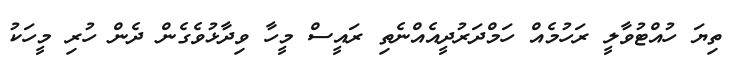
ތިޔަ ހުއްޓުވާލީ ރަހުމެއް ހަމްދަރުދީއެއްނެތި ރައީސް މީހާ ވިދާޅުވެގެން ދެން ހުރި މީހަކު